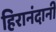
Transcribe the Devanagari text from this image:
हिरानंदानी